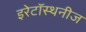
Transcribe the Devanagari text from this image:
इरेटॉस्थनीज